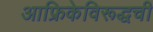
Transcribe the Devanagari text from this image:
आफ्रिकेविरूद्धची